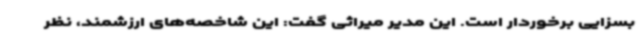
بسزایی برخوردار است. این مدیر میراثی گفت: این شاخصه‌های ارزشمند، نظر